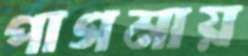
পাগমায়